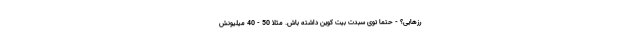
رزهایی؟ - حتماً توی سبدت بیت کوین داشته باش. مثلاً 50 - 40 میلیونش